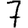
Digit: 7